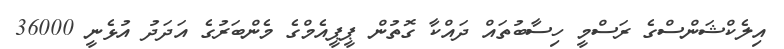
އިލެކްޝަންސްގެ ރަސްމީ ހިސާބުތައް ދައްކާ ގޮތުން ޕީޕީއެމްގެ މެންބަރުގެ އަދަދު އުޅެނީ 36000